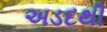
અડદથી